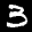
Label: 3